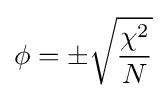
\phi =\pm {\sqrt {\frac {\chi ^{2}}{N}}}